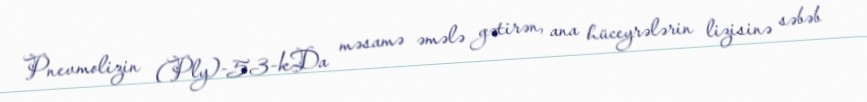
Pnevmolizin (Ply)-53-kDa məsamə əmələ gətirən, ana hüceyrələrin lizisinə səbəb